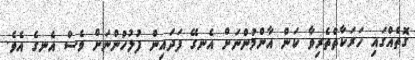
ގޮތެއްގައި ހަރަކާތްތެރިވާ ކަން އާންމުންނަށް އެނގޭ ފަދައިން ފުލުހުންނަށް ވެސް އެނގެ އެވެ.